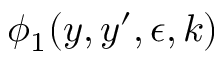
\phi _ { 1 } ( y , y ^ { \prime } , \epsilon , k )